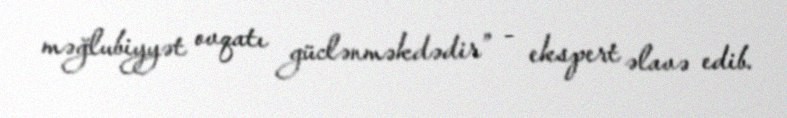
məğlubiyyət ovqatı güclənməkdədir” - ekspert əlavə edib.